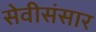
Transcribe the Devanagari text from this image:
सेवीसंसार